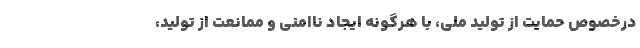
درخصوص حمایت از تولید ملی، با هرگونه ایجاد ناامنی و ممانعت از تولید،